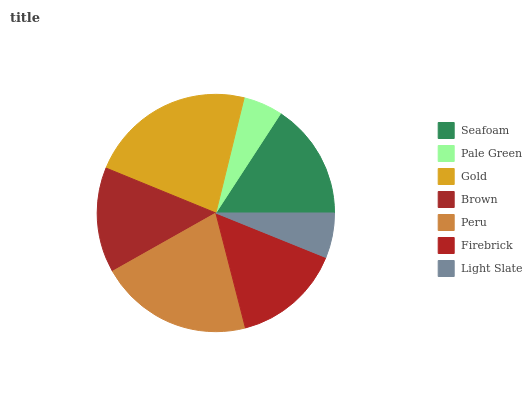
| Seafoam | Pale Green | Gold | Brown | Peru | Firebrick | Light Slate |
 | --- | --- | --- | --- | --- | --- | --- |
 | 15.8% | 5.36% | 22.6% | 14.4% | 20.9% | 14.9% | 6.11% |